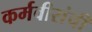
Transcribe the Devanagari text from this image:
कर्मवीरांची